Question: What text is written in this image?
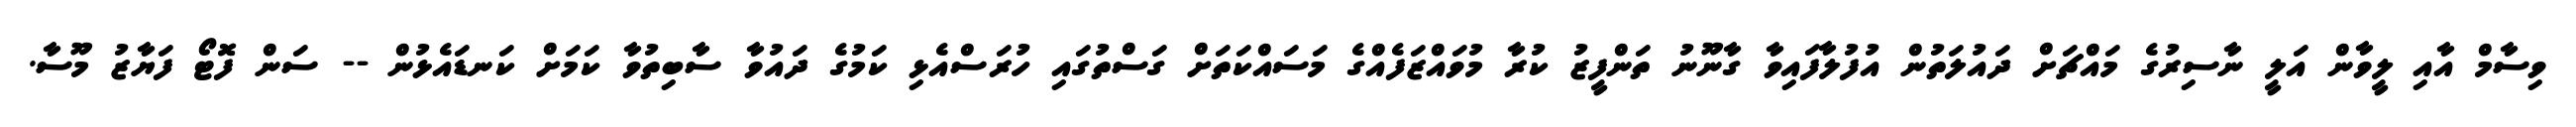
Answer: ވިސާމް އާއި ލީވާން އަލީ ނާސިރުގެ މައްޗަށް ދައުލަތުން އުފުލާފައިވާ ގާނޫނު ތަންފީޒު ކުރާ މުވައްޒަފެއްގެ މަސައްކަތަށް ގަސްތުގައި ހުރަސްއެޅި ކަމުގެ ދައުވާ ސާބިތުވާ ކަމަށް ކަނޑައެޅުން -- ސަން ފޮޓޯ ފަޔާޒު މޫސާ.